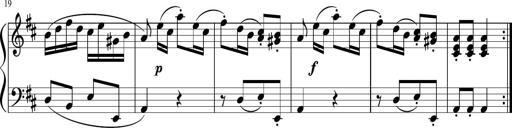
Title: 12 Keyboard Sonatinas
Composer: James Hook